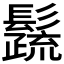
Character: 𩯕